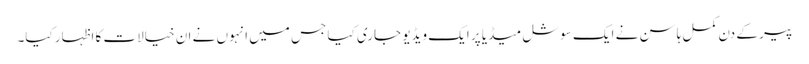
پیر کے دن کمل ہاسن نے ایک سوشل میڈیا پر ایک ویڈیو جاری کیا جس میں انہوں نے ان خیالات کا اظہار کیا۔